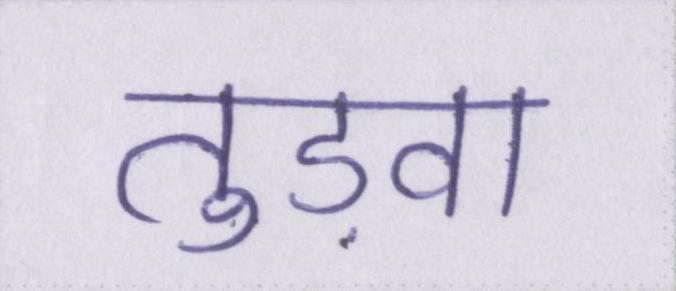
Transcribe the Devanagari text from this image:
तुड़वा